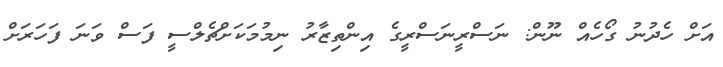
އަށް ހެދުނު ގޯހެއް ނޫން: ނަސްރީނަސްރީގެ އިންތިޒާރު ނިމުމަކަށްޗެލްސީ ފަސް ވަނަ ފަހަރަށް